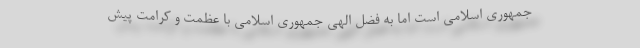
جمهوری اسلامی است اما به فضل الهی جمهوری اسلامی با عظمت و کرامت پیش